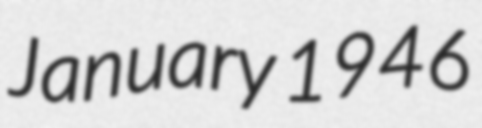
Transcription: January 1946